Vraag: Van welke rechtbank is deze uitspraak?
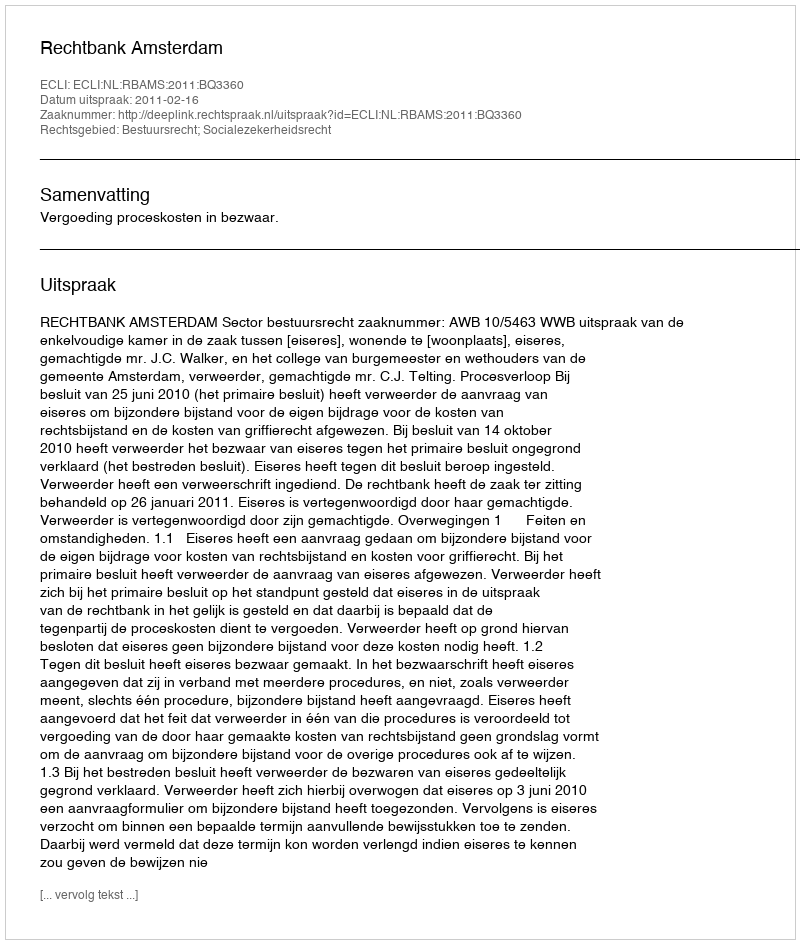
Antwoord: Rechtbank Amsterdam